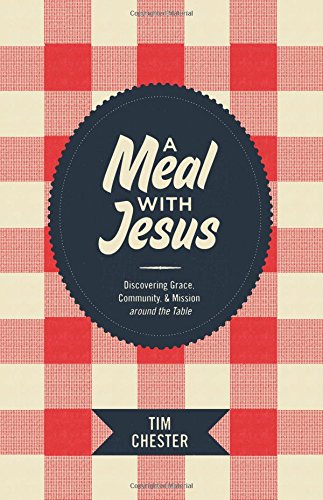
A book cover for A Meal with Jesus: Discovering Grace, Community, and Mission around the Table (Re:Lit); Tim Chester; Christian Books & Bibles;